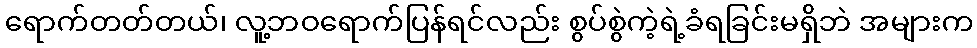
ရောက်တတ်တယ်၊ လူ့ဘဝရောက်ပြန်ရင်လည်း စွပ်စွဲကဲ့ရဲ့ခံရခြင်းမရှိဘဲ အများက